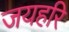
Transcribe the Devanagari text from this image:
जयहरि